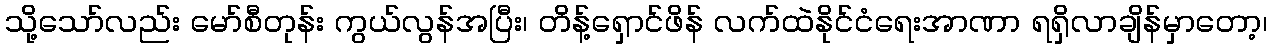
သို့သော်လည်း မော်စီတုန်း ကွယ်လွန်အပြီး၊ တိန့်ရှောင်ဖိန် လက်ထဲနိုင်ငံရေးအာဏာ ရရှိလာချိန်မှာတော့၊